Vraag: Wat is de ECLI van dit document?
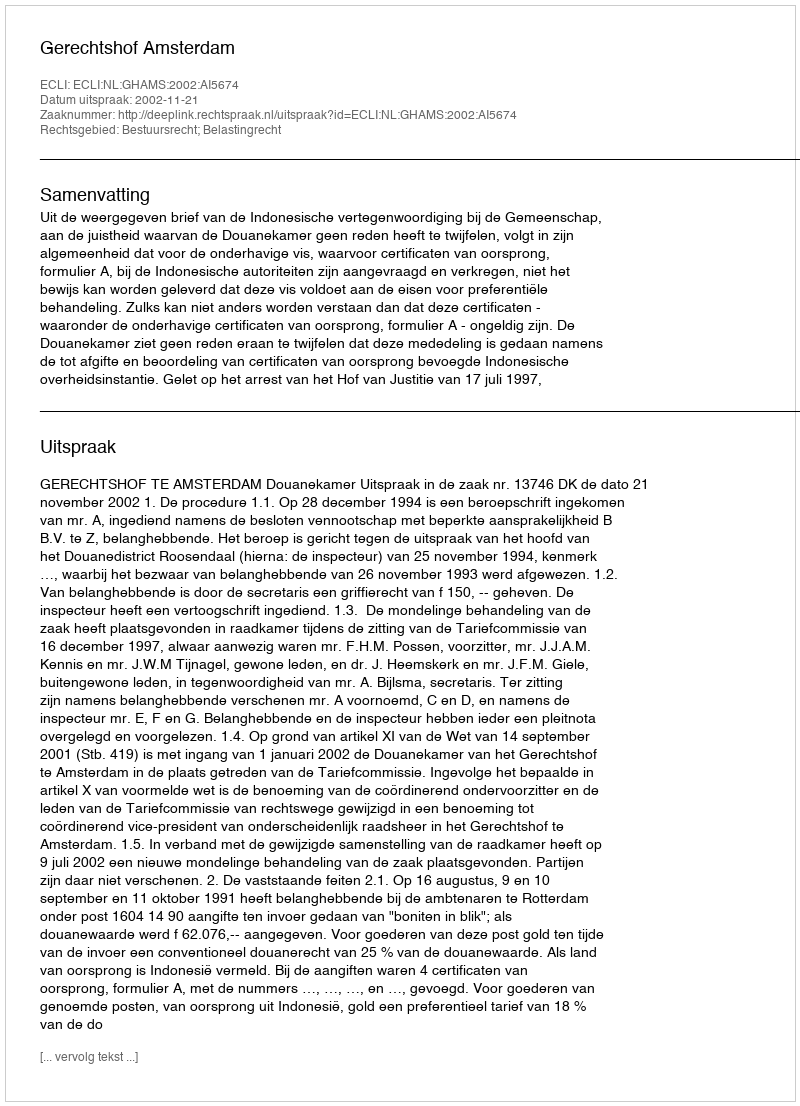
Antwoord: ECLI:NL:GHAMS:2002:AI5674